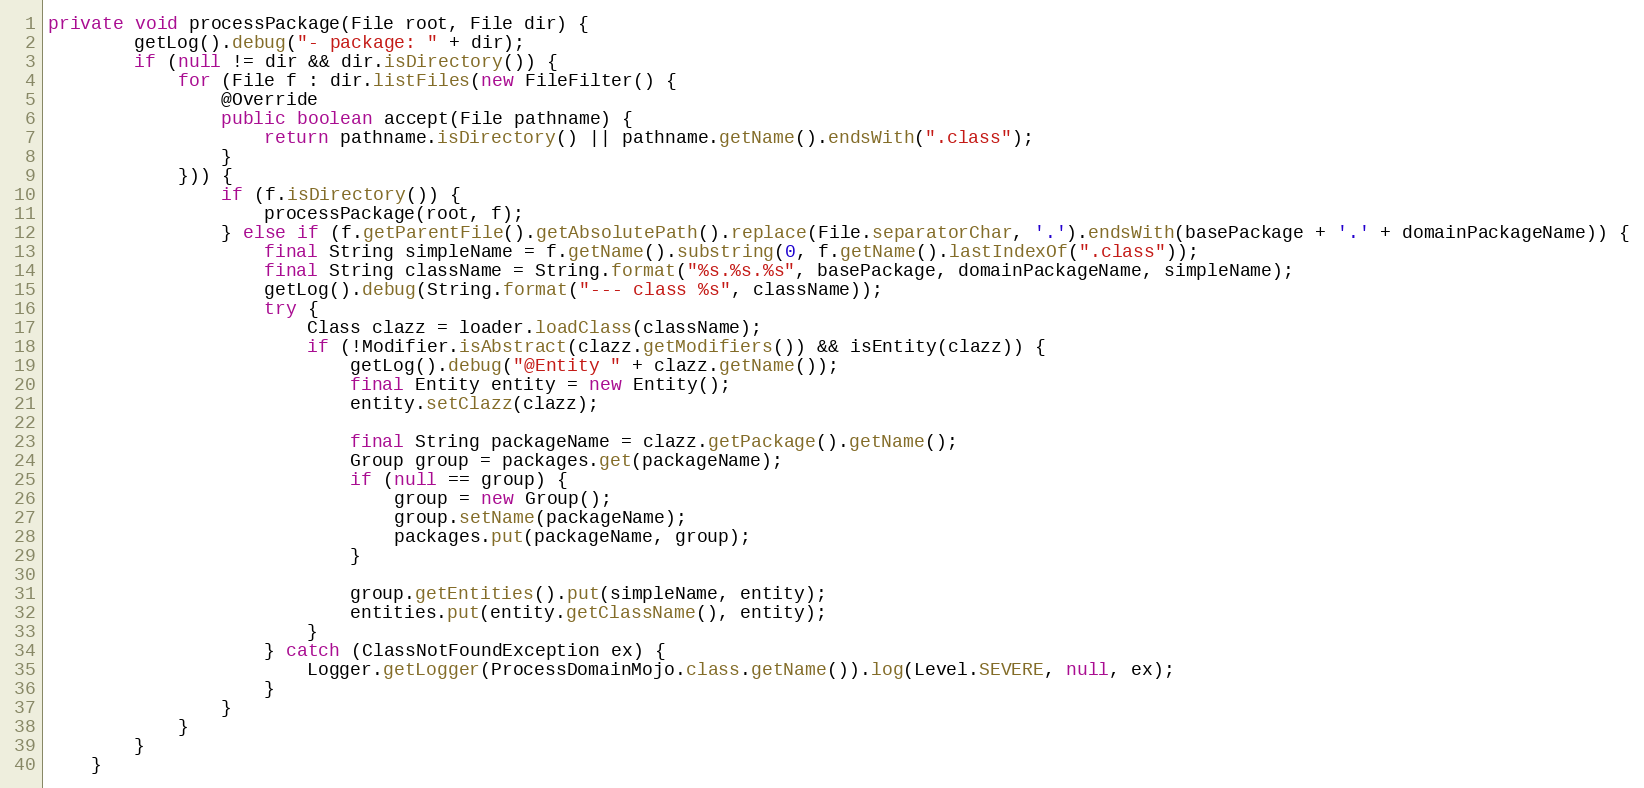
Language: Java
private void processPackage(File root, File dir) {
        getLog().debug("- package: " + dir);
        if (null != dir && dir.isDirectory()) {
            for (File f : dir.listFiles(new FileFilter() {
                @Override
                public boolean accept(File pathname) {
                    return pathname.isDirectory() || pathname.getName().endsWith(".class");
                }
            })) {
                if (f.isDirectory()) {
                    processPackage(root, f);
                } else if (f.getParentFile().getAbsolutePath().replace(File.separatorChar, '.').endsWith(basePackage + '.' + domainPackageName)) {
                    final String simpleName = f.getName().substring(0, f.getName().lastIndexOf(".class"));
                    final String className = String.format("%s.%s.%s", basePackage, domainPackageName, simpleName);
                    getLog().debug(String.format("--- class %s", className));
                    try {
                        Class clazz = loader.loadClass(className);
                        if (!Modifier.isAbstract(clazz.getModifiers()) && isEntity(clazz)) {
                            getLog().debug("@Entity " + clazz.getName());
                            final Entity entity = new Entity();
                            entity.setClazz(clazz);

                            final String packageName = clazz.getPackage().getName();
                            Group group = packages.get(packageName);
                            if (null == group) {
                                group = new Group();
                                group.setName(packageName);
                                packages.put(packageName, group);
                            }

                            group.getEntities().put(simpleName, entity);
                            entities.put(entity.getClassName(), entity);
                        }
                    } catch (ClassNotFoundException ex) {
                        Logger.getLogger(ProcessDomainMojo.class.getName()).log(Level.SEVERE, null, ex);
                    }
                }
            }
        }
    }